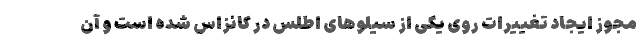
مجوز ایجاد تغییرات روی یکی از سیلوهای اطلس در کانزاس شده است و آن